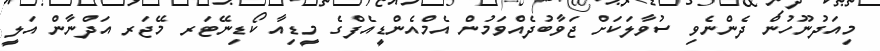
މިއަދުނޫހުން ދެންނެވި ސުވާލަކަށް ޖަވާބުދެއްވަމުން އެމްއެންޑީއެފްގެ މީޑިއާ ކޯޑިނޭޓަރ މޭޖަރ އަދްނާން އަލީ